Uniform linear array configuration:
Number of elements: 8
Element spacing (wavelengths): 0.5
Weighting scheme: exponential
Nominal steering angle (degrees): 0
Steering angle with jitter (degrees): -1.925
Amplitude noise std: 0.05
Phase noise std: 0.05

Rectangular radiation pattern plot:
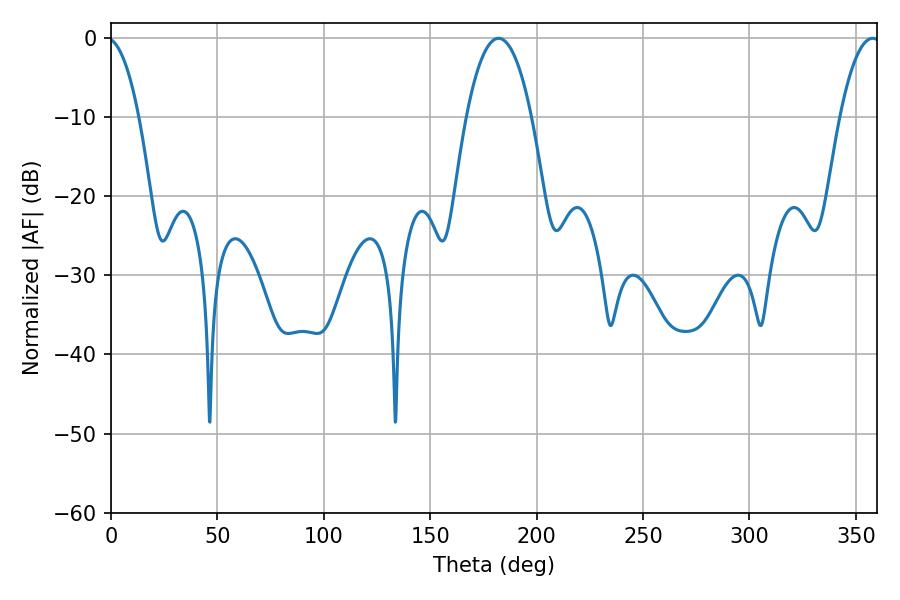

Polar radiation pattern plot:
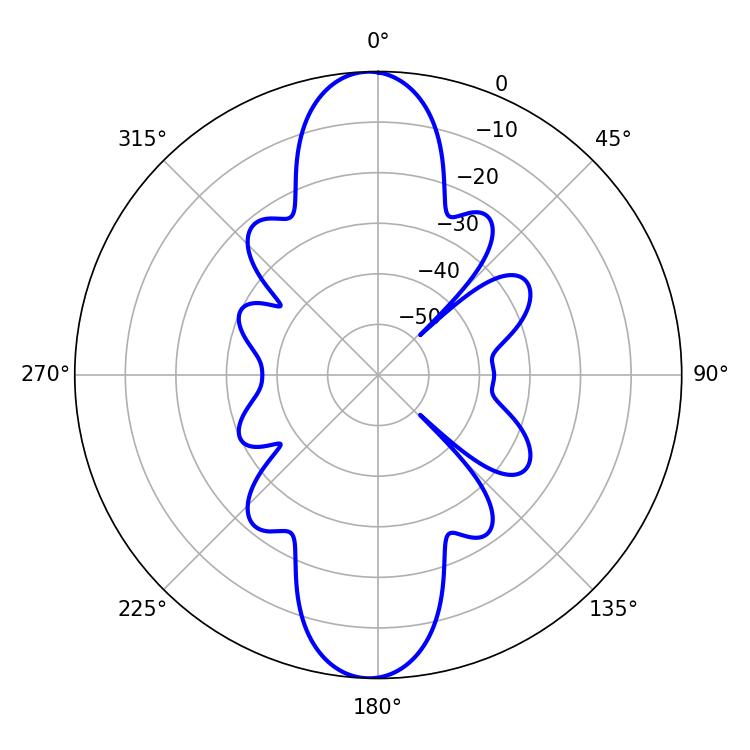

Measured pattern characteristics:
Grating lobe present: FALSE
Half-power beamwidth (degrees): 16.92
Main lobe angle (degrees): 182.16